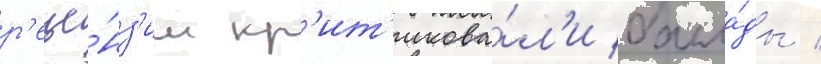
р'еце́нз'ии кр'ит'икова́л'и балла́ды /